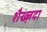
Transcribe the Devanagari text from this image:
शैख्ज़दा